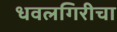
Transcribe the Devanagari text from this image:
धवलगिरीचा